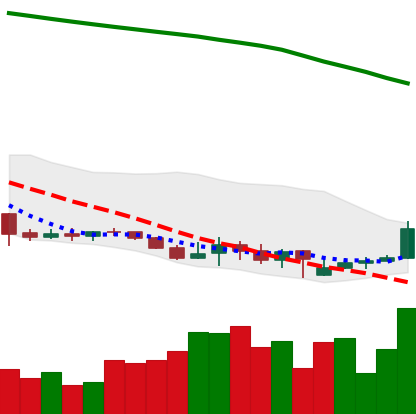
Ticker: XLM-USD
Chart end date: 2019-09-17
Forward return: 8.118%
Label: up_7plus